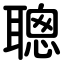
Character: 聰